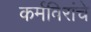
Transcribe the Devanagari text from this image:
कर्मविरांचे